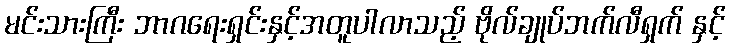
မင်းသားကြီး ဘာဂရေးရှင်းနှင့်အတူပါလာသည့် ဗိုလ်ချုပ်ဘက်လီရှက် နှင့်